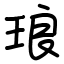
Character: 琅